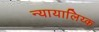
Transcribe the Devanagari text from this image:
न्यायालिय्क